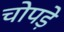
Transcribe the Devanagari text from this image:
चोपड़े